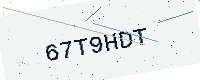
Text: 67T9HDT